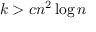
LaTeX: k > c n ^ { 2 } \log n